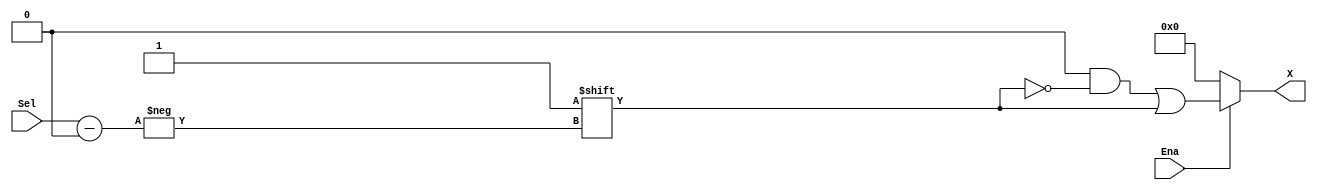
// Robert Gutmann
// 3/16/2008
// Generic Decoder
// Parameter 'M' is the number of address lines

module GenericDecoder( Sel, Ena, X );
  parameter M = 3;
  localparam N = 2**M;
  
  input [M-1:0]Sel;     // the 'address' lines
  input Ena;            // chip enable
  output reg [N-1:0]X;  // the output lines
  
  always @ ( Sel, Ena ) begin
    X = 0;
    if ( Ena ) begin
      X[Sel] = 1'b1;    // treat Sel as an index
    end
  end
  
endmodule
/*
module GenericDecoder_testbench;
	//parameter M = 3;
	//localparam N = 2**M;

	logic [2:0] Sel;
	logic Ena;
	logic [7:0] X;
	integer i;
	
	GenericDecoder dut(Sel, Ena, X);
	
	initial begin
		Ena = 1;
		for(int i = 0; i < M; i++) begin
			Sel = i;
			#10;
			$monitor(X);
		end
	end
	
	
endmodule	*/